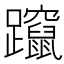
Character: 躥